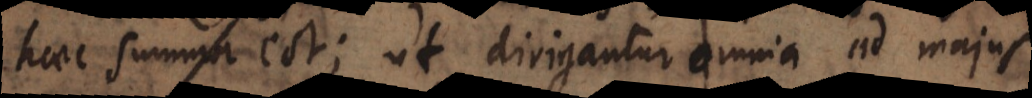
haec summa est; ut dirigantur omnia ad majus